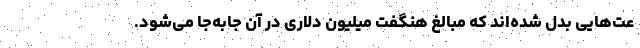
عت‌هایی بدل شده‌اند که مبالغ هنگفت میلیون دلاری در آن جابه‌جا می‌شود.